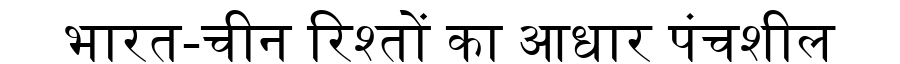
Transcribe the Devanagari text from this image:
भारत-चीन रिश्तों का आधार पंचशील